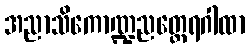
အညာသိကောဏ္ဍညတ္ထေရဂါထာ